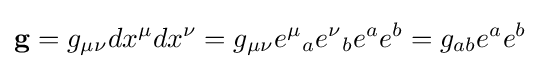
\mathbf {g} =g_{\mu \nu }dx^{\mu }dx^{\nu }=g_{\mu \nu }e^{\mu }{}_{a}e^{\nu }{}_{b}e^{a}e^{b}=g_{ab}e^{a}e^{b}